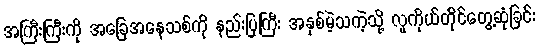
အကြီးကြီးကို အခြေအနေသစ်ကို နည်းပြကြီး အနှစ်မဲ့သကဲ့သို့ လူကိုယ်တိုင်တွေ့ဆုံခြင်း